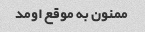
ممنون به موقع اومد